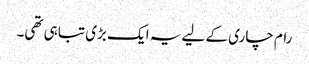
رام چاری کے لیے یہ ایک بڑی تباہی تھی۔